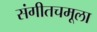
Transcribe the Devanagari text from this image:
संगीतचमूला